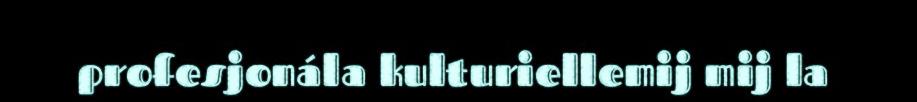
profesjonála kulturiellemij mij la